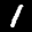
Digit: 1